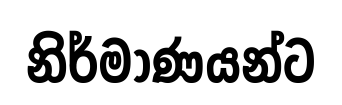
නිර්මාණයන්ට